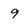
Character: 9